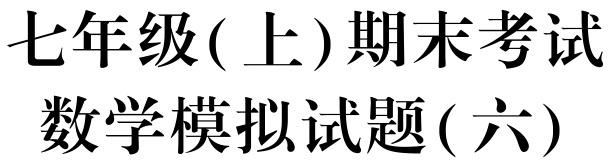
七年级( 上)期末考试
数学模拟试题( 六)